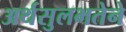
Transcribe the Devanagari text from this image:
अर्थसुलभतेने